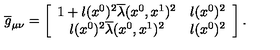
\overline { { g } } _ { \mu \nu } = \left[ \begin{array} { c c } { 1 + l ( x ^ { 0 } ) ^ { 2 } \overline { { \lambda } } ( x ^ { 0 } , x ^ { 1 } ) ^ { 2 } } & { l ( x ^ { 0 } ) ^ { 2 } } \\ { l ( x ^ { 0 } ) ^ { 2 } \overline { { \lambda } } ( x ^ { 0 } , x ^ { 1 } ) ^ { 2 } } & { l ( x ^ { 0 } ) ^ { 2 } } \\ \end{array} \right] .